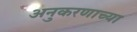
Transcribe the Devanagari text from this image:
अनुकरणाच्या